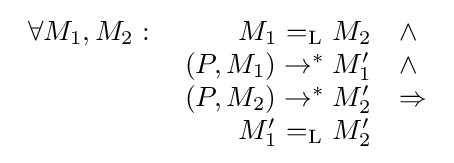
{\begin{array}{rrl}\forall M_{1},M_{2}:\;&M_{1}\ {=_{\text{L}}}\ M_{2}&\land \\&(P,M_{1})\rightarrow ^{*}M_{1}^{\prime }&\land \\&(P,M_{2})\rightarrow ^{*}M_{2}^{\prime }&\Rightarrow \\&M_{1}^{\prime }\ {=_{\text{L}}}\ M_{2}^{\prime }\end{array}}